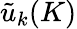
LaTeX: {\tilde{u}}_{k}(K)